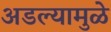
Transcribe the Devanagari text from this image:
अडल्यामुळे